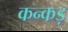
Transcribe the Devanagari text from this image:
कन्कड़